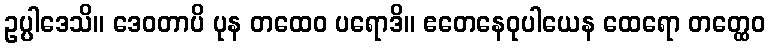
ဥပ္ပါဒေသိ။ ဒေဝတာပိ ပုန တထေဝ ပရောဒိ။ ဧတေနေဝုပါယေန ထေရော တတ္ထေဝ